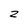
Character: z